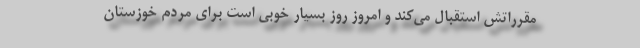
مقرراتش استقبال می‌کند و امروز روز بسیار خوبی است برای مردم خوزستان